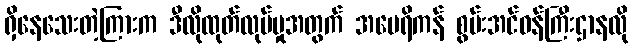
ရှိနေသေးတဲ့ကြားက ဒီလိုထုတ်လုပ်မှုအတွက် အမေရိကန် စွမ်းအင်ဝန်ကြီးဌာနလို